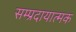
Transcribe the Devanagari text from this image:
सम्प्रदायात्मक